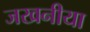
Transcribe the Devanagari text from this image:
जखनीया